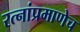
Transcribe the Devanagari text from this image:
रत्‍नांप्रमाणेच